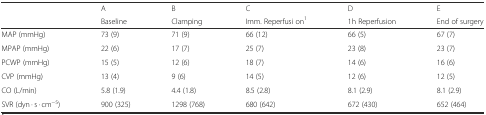
| <ROWSPAN=2>  | A | B | C | D | E |
 | Baseline | Clamping | Imm. Reperfusi on1 | 1h Reperfusion | End of surgery |
 | --- | --- | --- | --- | --- | --- |
 | MAP (mmHg) | 73 (9) | 71 (9) | 66 (12) | 66 (5) | 67 (7) |
 | MPAP (mmHg) | 22 (6) | 17 (7) | 25 (7) | 23 (8) | 23 (7) |
 | PCWP (mmHg) | 15 (5) | 12 (6) | 18 (7) | 14 (6) | 16 (6) |
 | CVP (mmHg) | 13 (4) | 9 (6) | 14 (5) | 12 (6) | 12 (5) |
 | CO (L/min) | 5.8 (1.9) | 4.4 (1.8) | 8.5 (2.8) | 8.1 (2.9) | 8.1 (2.9) |
 | SVR (dyn · s · cm−5) | 900 (325) | 1298 (768) | 680 (642) | 672 (430) | 652 (464) |